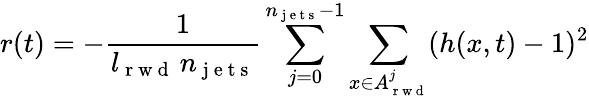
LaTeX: r(t)=-\frac{1}{l_{\mathrm{~r~w~d~}}\, n_{\mathrm{~j~e~t~s~}}}\sum_{j=0}^{n_{\mathrm{~j~e~t~s~}}-1}\sum_{x\in A_{\mathrm{~r~w~d~}}^{j}}(h(x,t)-1)^{2}